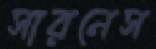
সারনেস